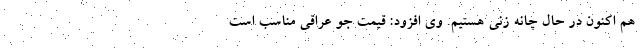
هم اکنون در حال چانه زنی هستیم. وی افزود: قیمت جو عراقی مناسب است